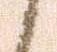
候